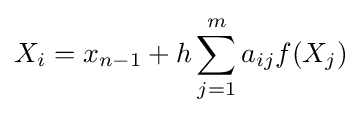
X_{i}=x_{n-1}+h\sum _{j=1}^{m}a_{ij}f(X_{j})